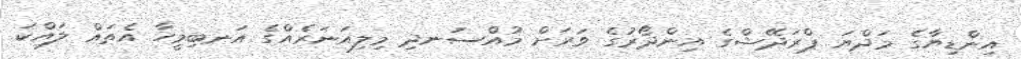
އިންޑިޔާގެ މަދްޔަ ޕްރަދޭޝްގެ އިންދޯރުގެ ވަރަށް މުއްސަނދި މިލިއަނަރެއްގެ އަނބިމީހާ އެތައް ލައްކަ